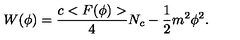
W ( \phi ) = { \frac { c < F ( \phi ) > } { 4 } } N _ { c } - { \frac { 1 } { 2 } } m ^ { 2 } \phi ^ { 2 } .